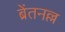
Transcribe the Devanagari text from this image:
ब्रेंतनल्ल